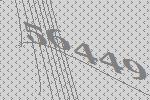
56449